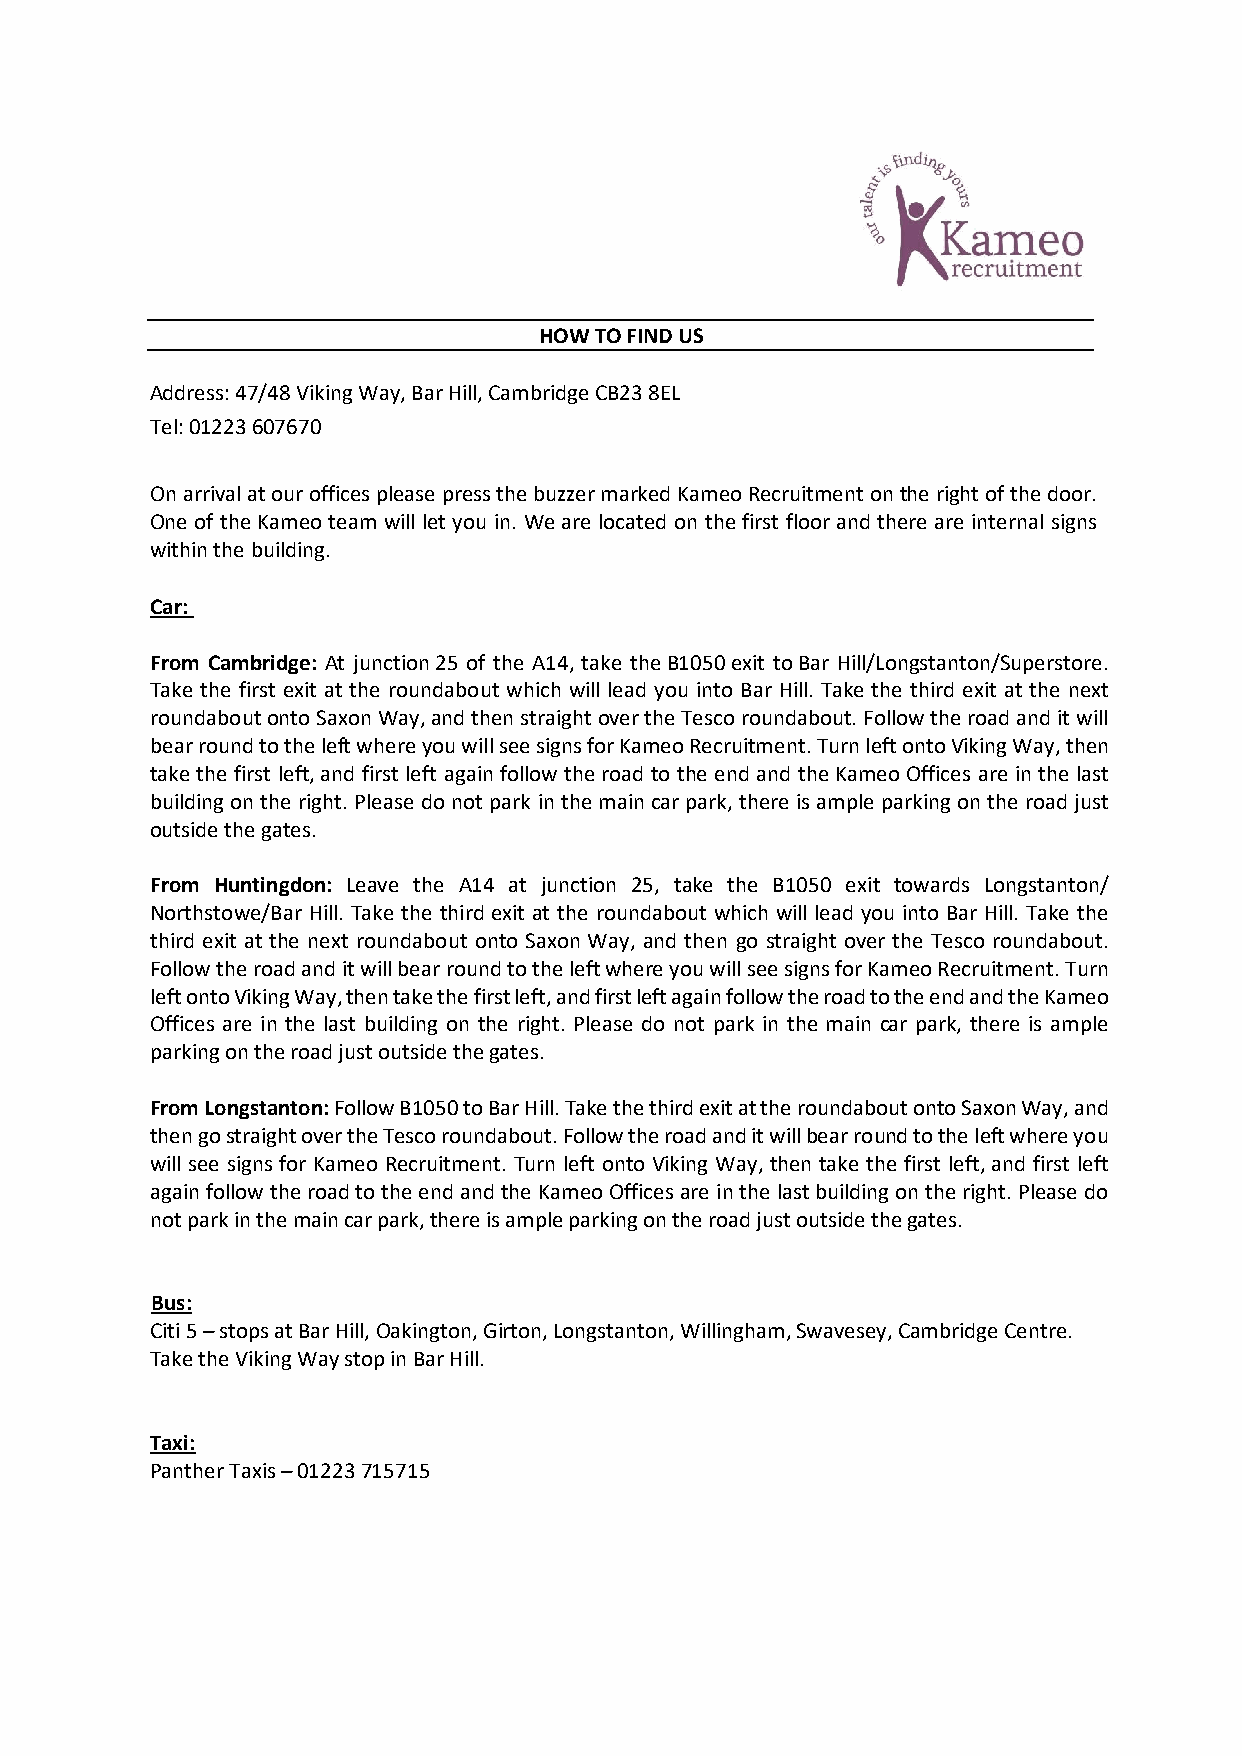
HOW TO FIND US
 Address: 47/48 Viking Way, Bar Hill, Cambridge CB23 8EL
 Tel: 01223 607670
 On arrival at our offices please press the buzzer marked Kameo Recruitment on the right of the door.
 One of the Kameo team will let you in. We are located on the first floor and there are internal signs
 within the building.
 Car:
 From Cambridge: At junction 25 of the A14, take the B1050 exit to Bar Hill/Longstanton/Superstore.
 Take the first exit at the roundabout which will lead you into Bar Hill. Take the third exit at the next
 roundabout onto Saxon Way, and then straight over the Tesco roundabout. Follow the road and it will
 bear round to the left where you will see signs for Kameo Recruitment. Turn left onto Viking Way, then
 take the first left, and first left again follow the road to the end and the Kameo Offices are in the last
 building on the right. Please do not park in the main car park, there is ample parking on the road just
 outside the gates.
 From Huntingdon: Leave the A14 at junction 25, take the B1050 exit towards Longstanton/
 Northstowe/Bar Hill. Take the third exit at the roundabout which will lead you into Bar Hill. Take the
 third exit at the next roundabout onto Saxon Way, and then go straight over the Tesco roundabout.
 Follow the road and it will bear round to the left where you will see signs for Kameo Recruitment. Turn
 left onto Viking Way, then take the first left, and first left again follow the road to the end and the Kameo
 Offices are in the last building on the right. Please do not park in the main car park, there is ample
 parking on the road just outside the gates.
 From Longstanton: Follow B1050 to Bar Hill. Take the third exit at the roundabout onto Saxon Way, and
 then go straight over the Tesco roundabout. Follow the road and it will bear round to the left where you
 will see signs for Kameo Recruitment. Turn left onto Viking Way, then take the first left, and first left
 again follow the road to the end and the Kameo Offices are in the last building on the right. Please do
 not park in the main car park, there is ample parking on the road just outside the gates.
 Bus:
 Citi 5 – stops at Bar Hill, Oakington, Girton, Longstanton, Willingham, Swavesey, Cambridge Centre.
 Take the Viking Way stop in Bar Hill.
 Taxi:
 Panther Taxis – 01223 715715